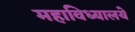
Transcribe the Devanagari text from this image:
महाविध्यालये